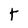
Character: t